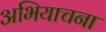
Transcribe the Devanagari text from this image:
अभियाचना